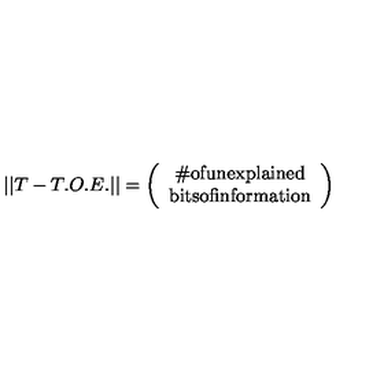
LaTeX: | | T - T . O . E . | | = \left( \begin{array} { c } { \mathrm { \# o f u n e x p l a i n e d } } \\ { \mathrm { b i t s o f i n f o r m a t i o n } } \\ \end{array} \right)